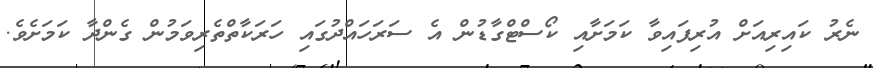
ނެރު ކައިރިއަށް އުރިފައިވާ ކަމަށާއި ކޯސްޓްގާޑުން އެ ސަރަހައްދުގައި ހަރަކާތްތެރިވަމުން ގެންދާ ކަމަށެވެ.